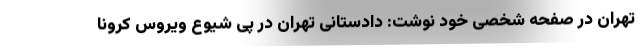
تهران در صفحه شخصی خود نوشت: دادستانی تهران در پی شیوع ویروس کرونا